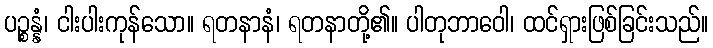
ပဉ္စန္နံ၊ ငါးပါးကုန်သော။ ရတနာနံ၊ ရတနာတို့၏။ ပါတုဘာဝေါ၊ ထင်ရှားဖြစ်ခြင်းသည်။